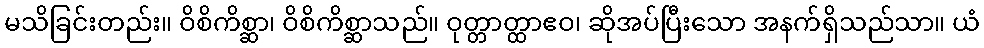
မသိခြင်းတည်း။ ဝိစိကိစ္ဆာ၊ ဝိစိကိစ္ဆာသည်။ ဝုတ္တာတ္ထာဧဝ၊ ဆိုအပ်ပြီးသော အနက်ရှိသည်သာ။ ယံ